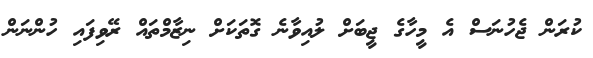
ކުރަން ޖެހުނަސް އެ މީހާގެ ޖީބަށް ލުއިވާނެ ގޮތަކަށް ނިޒާމްތައް ރޭވިފައި ހުންނަން